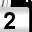
Digit: 2